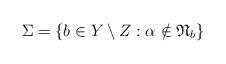
LaTeX: \begin{gather*}\Sigma=\{b\in Y\setminus Z:\alpha\notin\mathfrak{N}_{b}\}\end{gather*}